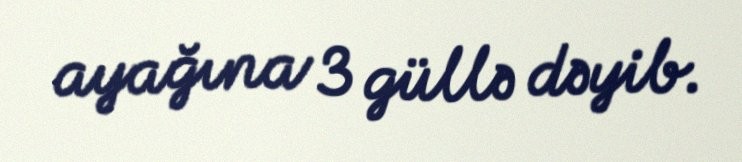
ayağına 3 güllə dəyib.